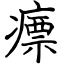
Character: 瘭